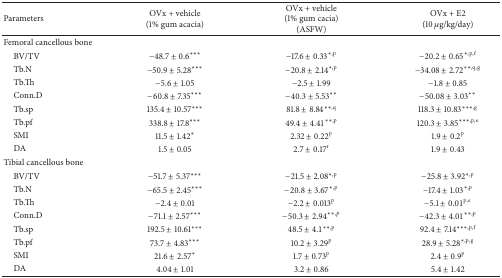
| Parameters | OVx + vehicle (1% gum acacia) | OVx + vehicle (1% gum cacia) (ASFW) | OVx + E2 (10 μg/kg/day) |
 | --- | --- | --- | --- |
 | Femoral cancellous bone |  |  |  |
 | BV/TV | −48.7 ± 0.6*** | −17.6 ± 0.33∗,p | −20.2 ± 0.65∗,p,f |
 | Tb.N | −50.9 ± 5.28*** | −20.8 ± 2.14∗,p | −34.08 ± 2.72∗∗,q,g |
 | Tb.Th | −5.6 ± 1.05 | −2.5 ± 1.99 | −1.8 ± 0.85 |
 | Conn.D | −60.8 ± 7.35*** | −40.3 ± 5.53** | −50.08 ± 3.03** |
 | Tb.sp | 135.4 ± 10.57*** | 81.8 ± 8.84∗∗,q | 118.3 ± 10.83∗∗∗,g |
 | Tb.pf | 338.8 ± 17.8*** | 49.4 ± 4.41∗∗,p | 120.3 ± 3.85∗∗∗,p,e |
 | SMI | 11.5 ± 1.42* | 2.32 ± 0.22p | 1.9 ± 0.2p |
 | DA | 1.5 ± 0.05 | 2.7 ± 0.17r | 1.9 ± 0.43 |
 | Tibial cancellous bone |  |  |  |
 | BV/TV | −51.7 ± 5.37*** | −21.5 ± 2.08∗,p | −25.8 ± 3.92∗,p |
 | Tb.N | −65.5 ± 2.45*** | −20.8 ± 3.67∗,p | −17.4 ± 1.03∗,p |
 | Tb.Th | −2.4 ± 0.01 | −2.2 ± 0.013p | −5.1 ± 0.01p,e |
 | Conn.D | −71.1 ± 2.57*** | −50.3 ± 2.94∗∗,p | −42.3 ± 4.01∗∗,p |
 | Tb.sp | 192.5 ± 10.61*** | 48.5 ± 4.1∗∗,p | 92.4 ± 7.14∗∗∗,p,f |
 | Tb.pf | 73.7 ± 4.83*** | 10.2 ± 3.29p | 28.9 ± 5.28∗,p,g |
 | SMI | 21.6 ± 2.57* | 1.7 ± 0.73p | 2.4 ± 0.9p |
 | DA | 4.04 ± 1.01 | 3.2 ± 0.86 | 5.4 ± 1.42 |